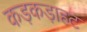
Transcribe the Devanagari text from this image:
कड़कड़ाहट